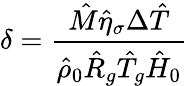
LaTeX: \delta=\frac{\hat{M}\hat{\eta}_{\sigma}\Delta\hat{T}}{\hat{\rho}_{0}\hat{R}_{g}\hat{T}_{g}\hat{H}_{0}}